Leningradi_Edasi_toimetus, lk 44
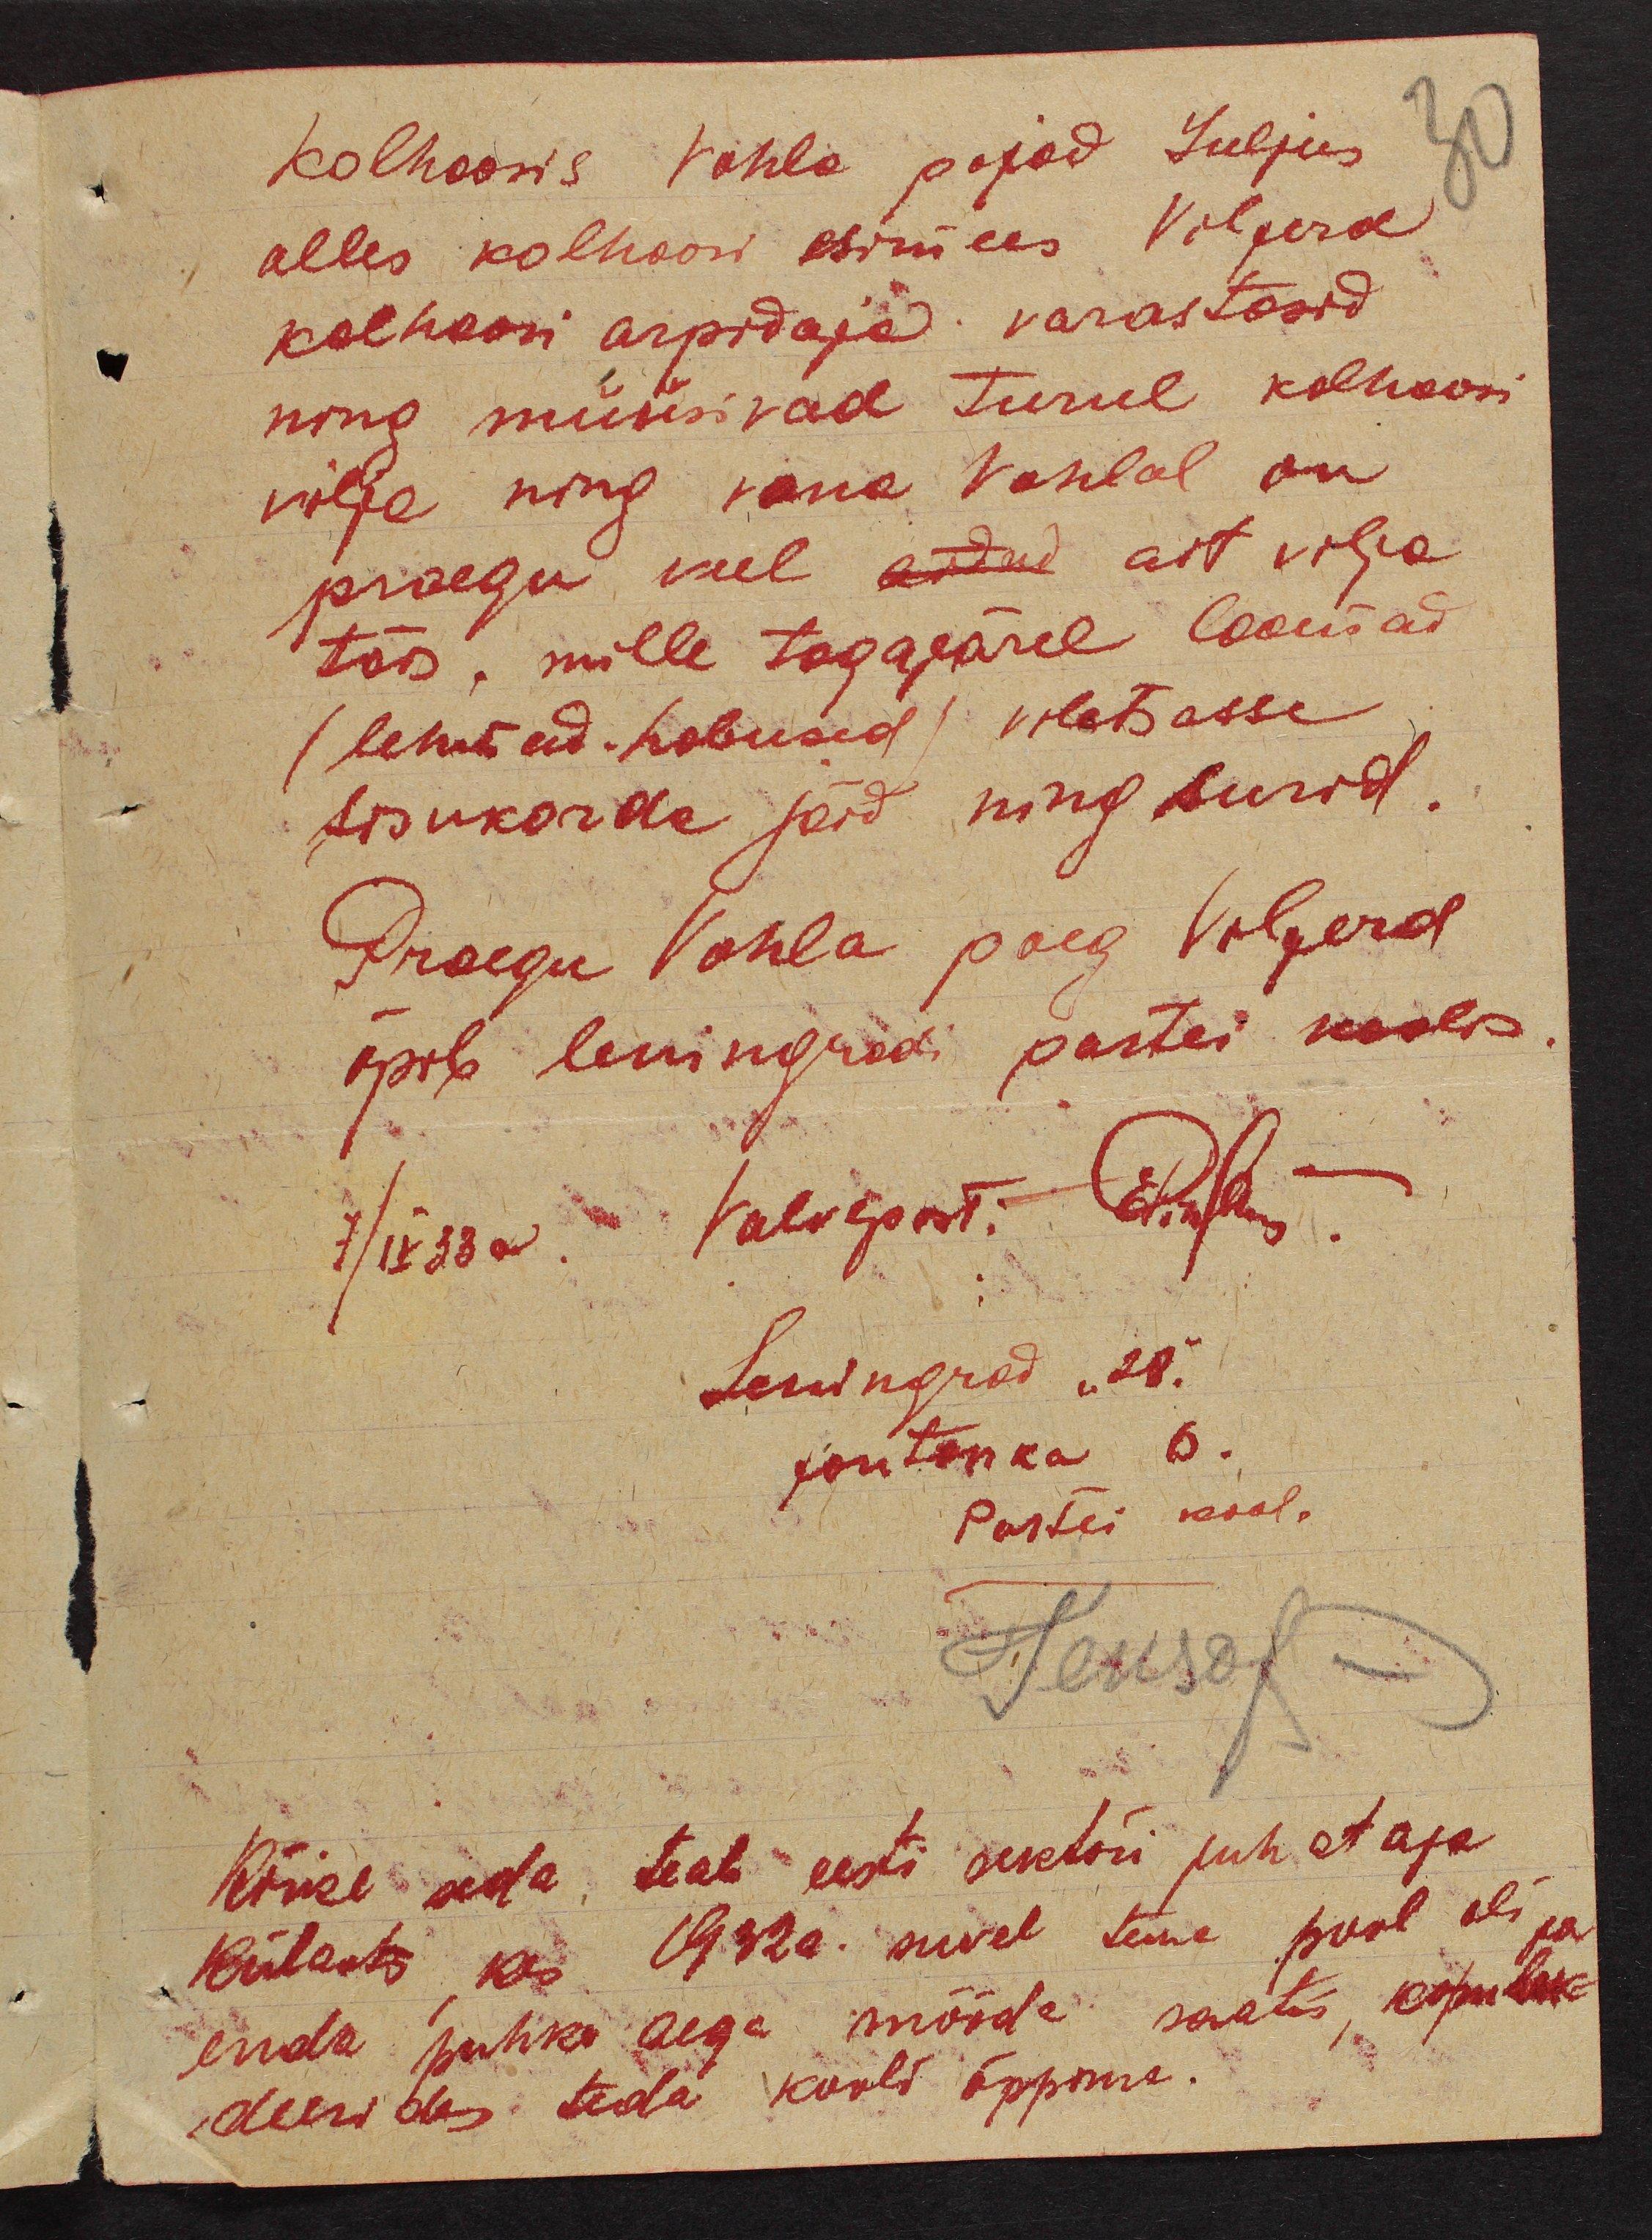
Kolhoosis Vohla pojad Juljus
30
olles kolhoosi esimees Vilferd
kolhoosi arpidaja varastasid
ning müüsivad turul kolhoosi
vilja ning vana Vohlal on
praegu veel aidad ait vilja
täis, mille tagajärel loomad
(lehmad - hobused) viletsasse
sisukorda jäid ning surid.
Praegu Vohla poeg Vilferd
õpib leningradi partei koolis.
7/ IV 33a. Valvepost: Elislas
Leningrad "28"
fonitanka 6.
Partei kool.
Tensof
Kõike seda teab eesti sektori juhataja
Külaots, kes 1932a. suvel teine pool oli ja
enda puhke aega mööda saatis, komlek-
deerides teda kooli õppima.